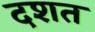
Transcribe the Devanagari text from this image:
दशत